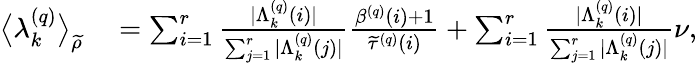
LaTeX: \begin{array}{rl}{\big\langle\lambda_{k}^{\left(q\right)}\big\rangle_{\widetilde{\rho}}}&{{}=\sum_{i=1}^{r}\frac{\vert\Lambda_{k}^{\left(q\right)}\left(i\right)\vert}{\sum_{j=1}^{r}\vert\Lambda_{k}^{\left(q\right)}\left(j\right)\vert}\frac{\beta^{\left(q\right)}\left(i\right)+1}{\widetilde{\tau}^{\left(q\right)}\left(i\right)}+\sum_{i=1}^{r}\frac{\vert\Lambda_{k}^{\left(q\right)}\left(i\right)\vert}{\sum_{j=1}^{r}\vert\Lambda_{k}^{\left(q\right)}\left(j\right)\vert}\nu,}\end{array}